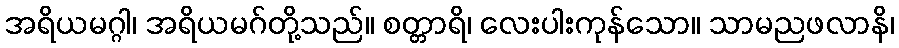
အရိယမဂ္ဂါ၊ အရိယမဂ်တို့သည်။ စတ္တာရိ၊ လေးပါးကုန်သော။ သာမညဖလာနိ၊